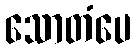
သောတံပေ